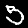
Label: 5